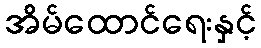
အိမ်ထောင်ရေးနှင့်